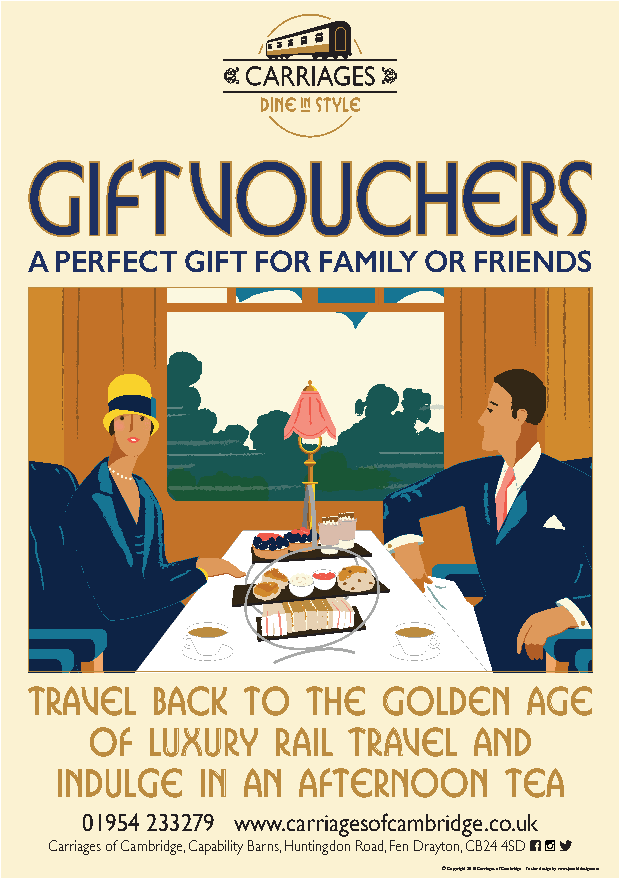
GIFT       VOUCHERS
 A PERFECT GIFT FOR FAMILY OR FRIENDS
 TRAVEL  BACK  TO  the  golden    age
 of  luxury  rail travel  AND
 indulge  in an  afternoon    tea
 01954 233279 www.carriagesofcambridge.co.uk
 Carriages of Cambridge, Capability Barns, Huntingdon Road, Fen Drayton, CB24 4SD
 © Copyright 2018 Carriages of Cambridge Poster design by www.janetddesign.com